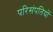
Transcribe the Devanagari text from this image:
परिसंपतियों